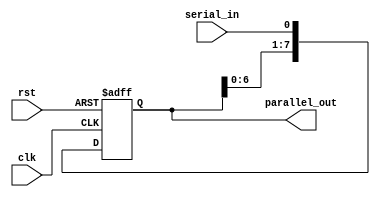
module SIPO_Register (
  input clk, //clock input
  input rst, //reset input
  input serial_in, //serial data input
  output reg [7:0] parallel_out //parallel data output
);

reg [7:0] shift_reg; //shift register for storing data

always @(posedge clk or posedge rst) begin
  if (rst) begin
    shift_reg <= 8'b0; //reset shift register to all zeros
  end else begin
    shift_reg <= {shift_reg[6:0], serial_in}; //shift data through the register
  end
end

assign parallel_out = shift_reg; //output data in parallel

endmodule